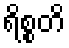
ရိစ္စတိ